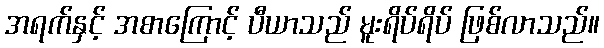
အရက်နှင့် အစာကြောင့် ပီယာသည် မူးရိပ်ရိပ် ဖြစ်လာသည်။